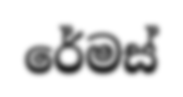
රේමස්